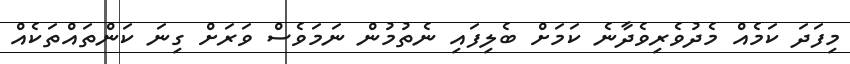
މިފަދަ ކަމެއް މެދުވެރިވެދާނެ ކަމަށް ބެލިފައި ނެތުމުން ނަމަވެސް ވަރަށް ގިނަ ކަންތައްތަކެއް